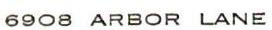
6908 ARB0R LANE